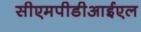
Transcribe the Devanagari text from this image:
सीएमपीडीआईएल